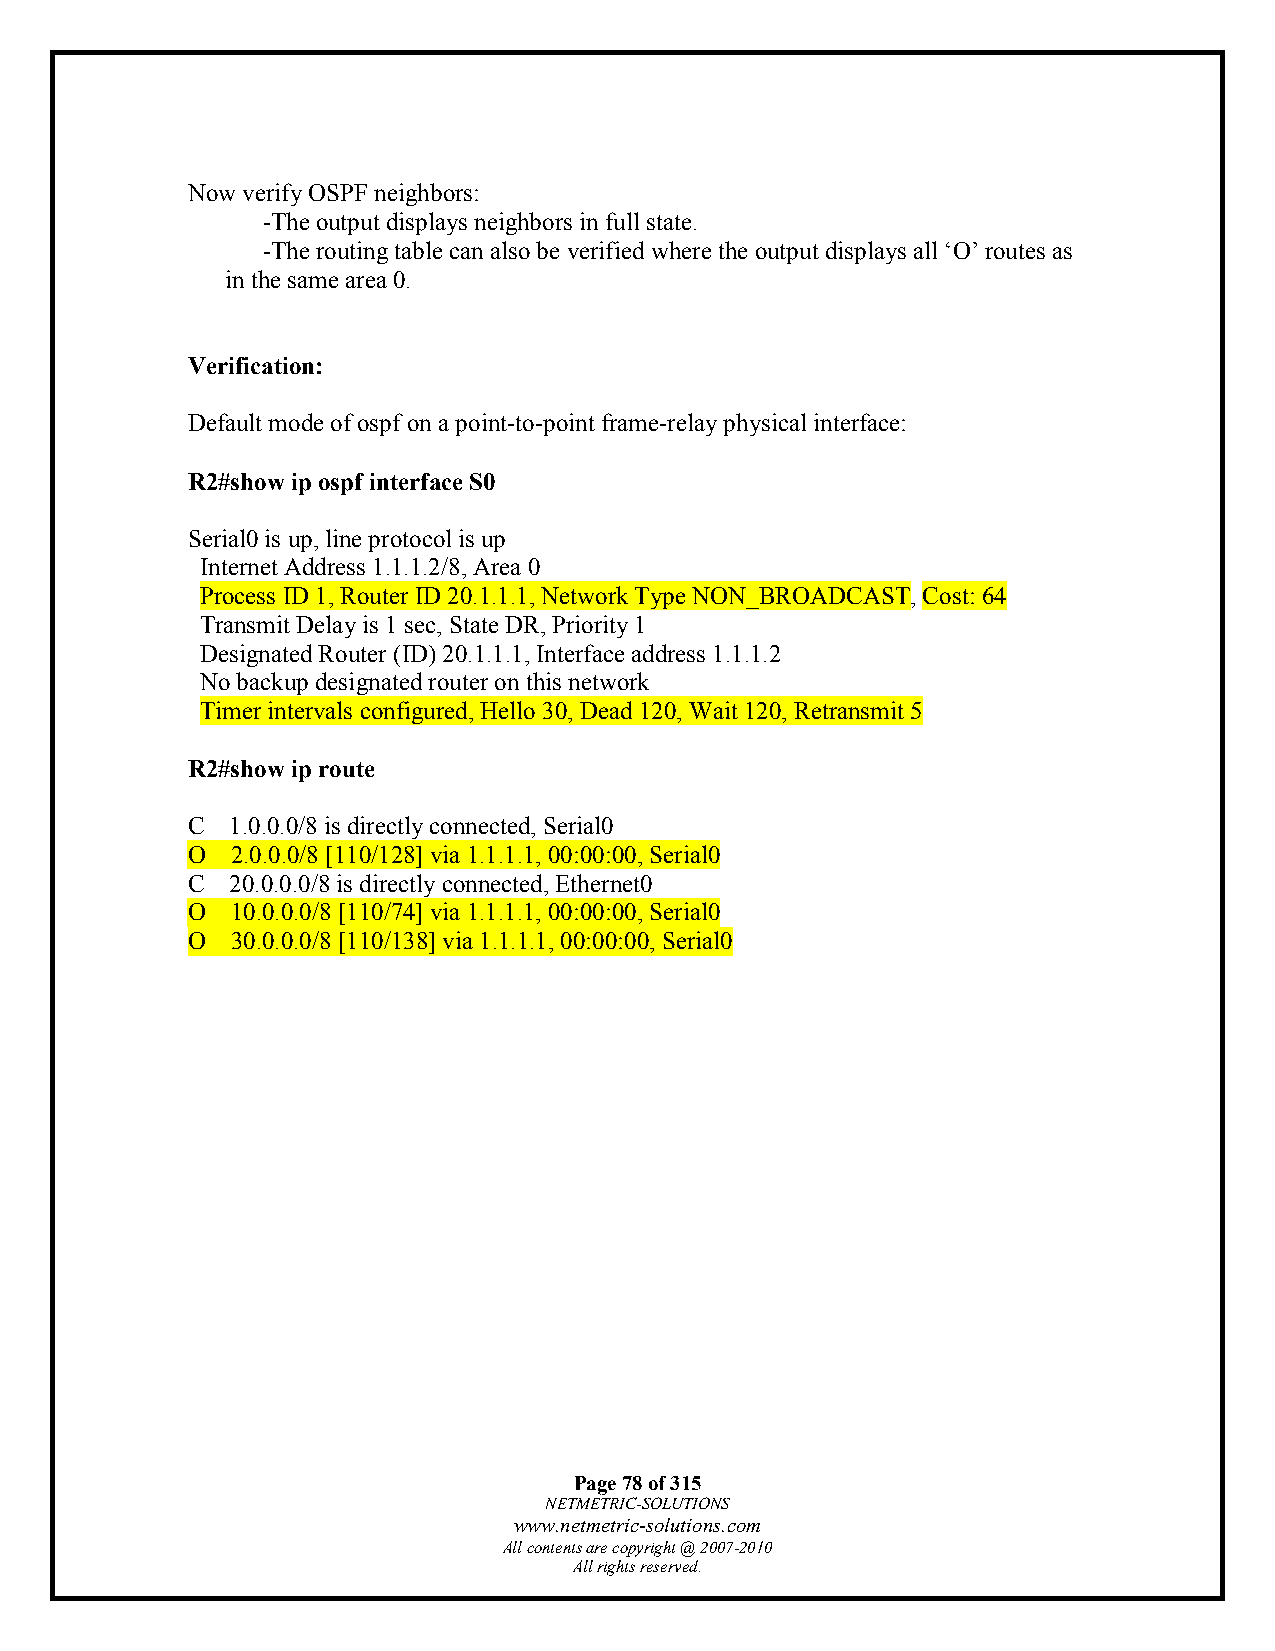
Now verify OSPF neighbors:
 -The output displays neighbors in full state.
 -The routing table can also be verified where the output displays all ‘O’ routes as
 in the same area 0.
 Verification:
 Default mode of ospf on a point-to-point frame-relay physical interface:
 R2#show ip ospf interface S0
 Serial0 is up, line protocol is up
 Internet Address 1.1.1.2/8, Area 0
 Process ID 1, Router ID 20.1.1.1, Network Type NON_BROADCAST, Cost: 64
 Transmit Delay is 1 sec, State DR, Priority 1
 Designated Router (ID) 20.1.1.1, Interface address 1.1.1.2
 No backup designated router on this network
 Timer intervals configured, Hello 30, Dead 120, Wait 120, Retransmit 5
 R2#show ip route
 C  1.0.0.0/8 is directly connected, Serial0
 O  2.0.0.0/8 [110/128] via 1.1.1.1, 00:00:00, Serial0
 C  20.0.0.0/8 is directly connected, Ethernet0
 O  10.0.0.0/8 [110/74] via 1.1.1.1, 00:00:00, Serial0
 O  30.0.0.0/8 [110/138] via 1.1.1.1, 00:00:00, Serial0
 Page 78 of 315
 NETMETRIC-SOLUTIONS
 www.netmetric-solutions.com
 All contents are copyright @ 2007-2010
 All rights reserved.